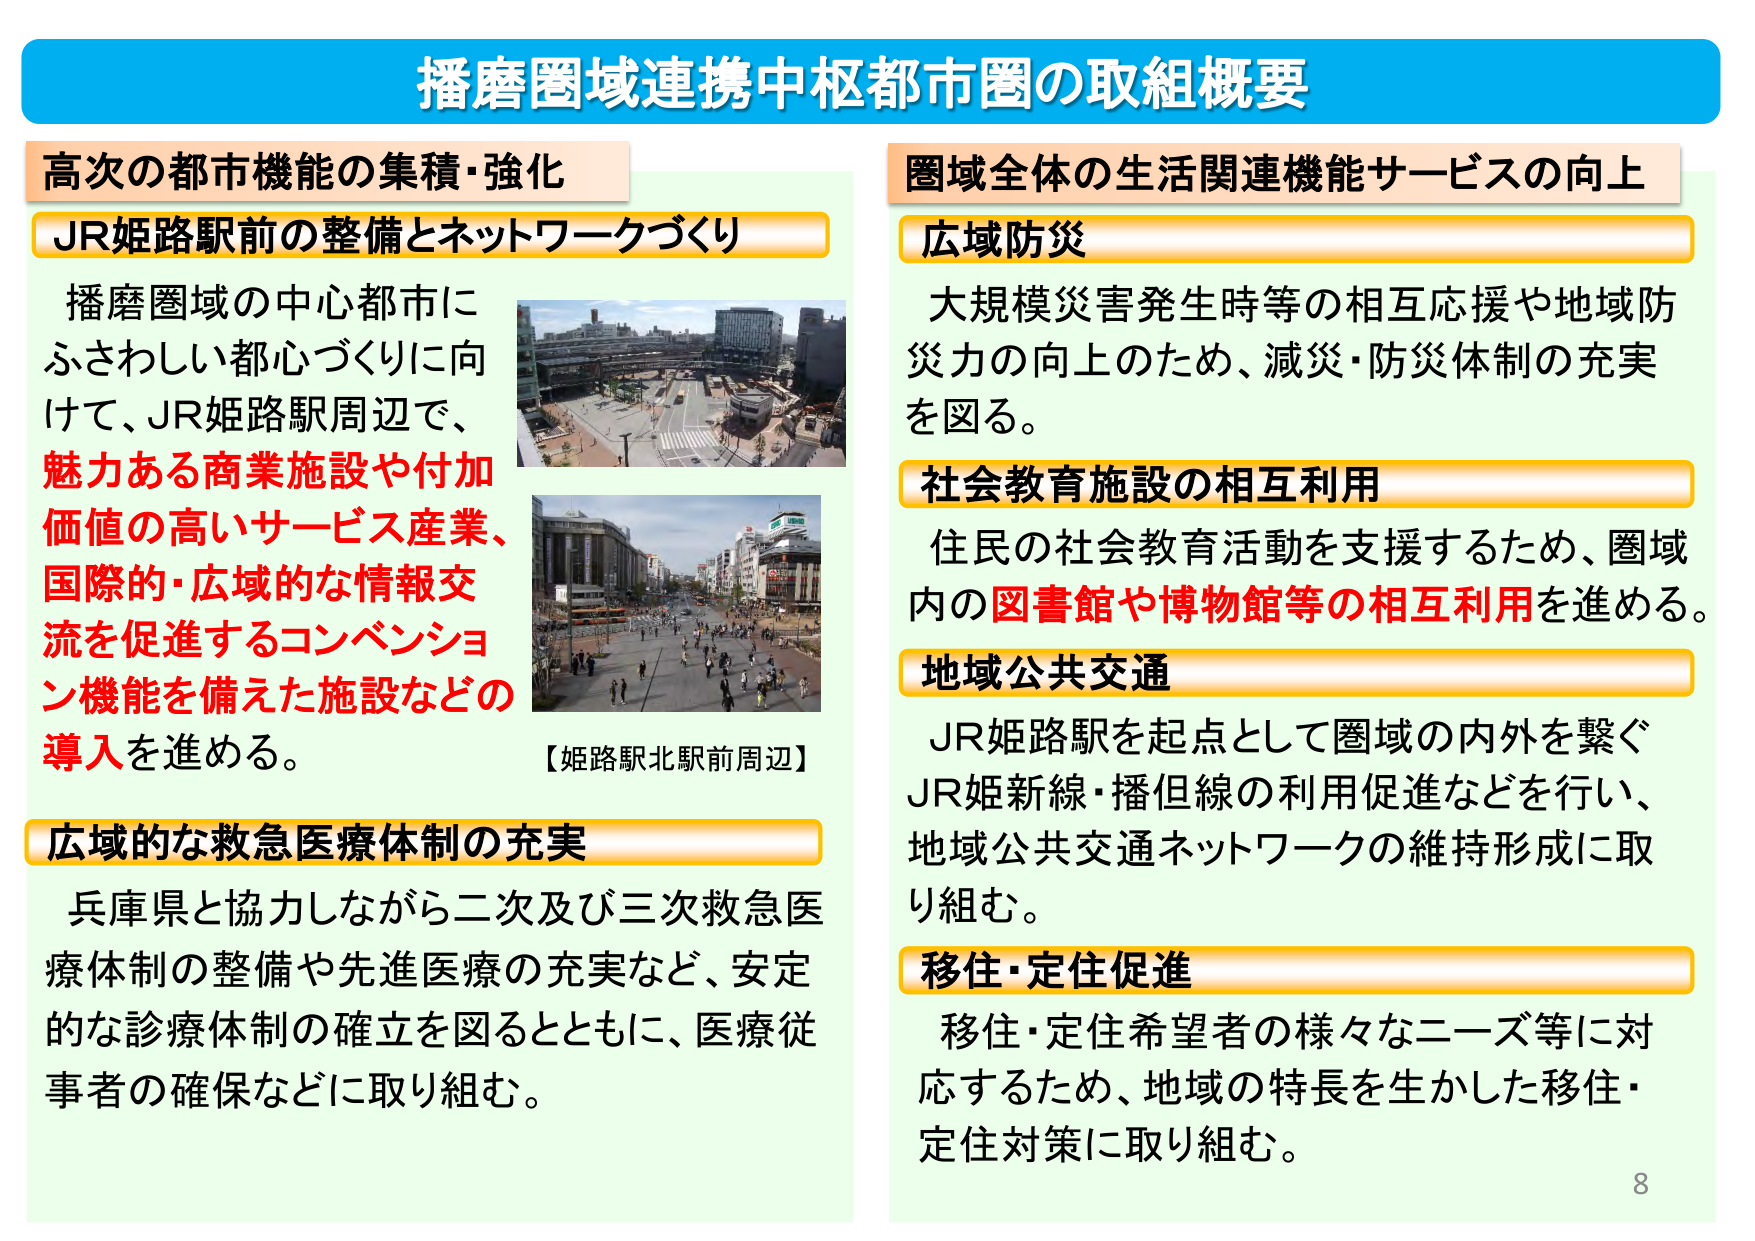
播磨圏域連携中枢都市圏の取組概要

高次の都市機能の集積・強化
JR姫路駅前の整備とネットワークづくり
播磨圏域の中心都市に
ふさわしい都心づくりに向けて、JR姫路駅周辺で、
魅力ある商業施設や付加
価値の高いサービス産業、
国際的・広域的な情報交
流を促進するコンベンショ
ン機能を備えた施設などの
導入を進める。
【姫路駅北駅前周辺】

広域的な救急医療体制の充実
兵庫県と協力しながら二次及び三次救急医
療体制の整備や先進医療の充実など、安定
的な診療体制の確立を図るとともに、医療従
事者の確保などに取り組む。

圏域全体の生活関連機能サービスの向上
広域防災
大規模災害発生時等の相互応援や地域防
災力の向上のため、減災・防災体制の充実
を図る。

社会教育施設の相互利用
住民の社会教育活動を支援するため、圏域
内の図書館や博物館等の相互利用を進める。

地域公共交通
JR姫路駅を起点として圏域の内外を繋ぐ
JR姫新線・播但線の利用促進などを行い、
地域公共交通ネットワークの維持形成に取
り組む。

移住・定住促進
移住・定住希望者の様々なニーズ等に対
応するため、地域の特長を生かした移住・
定住対策に取り組む。

8